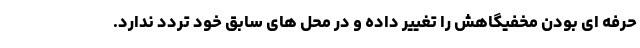
حرفه ای بودن مخفیگاهش را تغییر داده و در محل های سابق خود تردد ندارد.